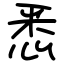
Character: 悉